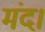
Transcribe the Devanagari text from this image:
मंद।